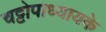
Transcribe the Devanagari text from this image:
चट्टोपाध्यायके